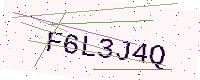
Text: F6L3J4Q